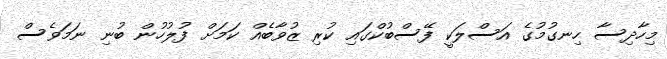
މިހާދިސާ ހިނގުމުގެ އަސްލަކީ ފޭސްބުކްގައި ކުރި ޒުވާބެއް ކަމަށް ފުލުހުން ބުނި ނަމަވެސް